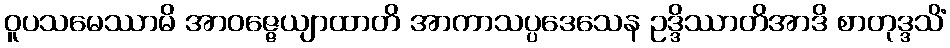
ဝူပသမေဿာမိ အာဝဇ္ဇေယျာထာတိ အာကာသပ္ပဒေသေန ဥဒ္ဒိဿာတိအာဒိ စာတုဒ္ဒသိံ